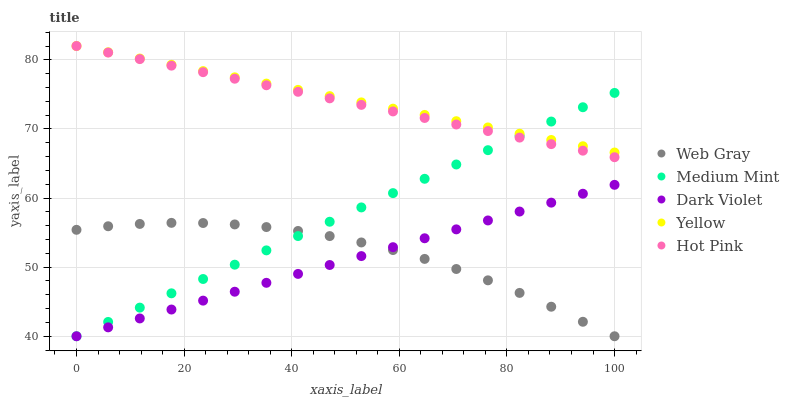
| xaxis_label | Web Gray | Medium Mint | Dark Violet | Yellow | Hot Pink |
 | --- | --- | --- | --- | --- | --- |
 | 0 | 55.4 | 40 | 40 | 82 | 82 |
 | 5.88 | 55.9 | 42.1 | 41.3 | 81.1 | 81.1 |
 | 11.8 | 56.3 | 44.1 | 42.6 | 80.2 | 80.1 |
 | 17.6 | 56.4 | 46.2 | 43.9 | 79.3 | 79.2 |
 | 23.5 | 56.4 | 48.3 | 45.2 | 78.4 | 78.2 |
 | 29.4 | 56.2 | 50.4 | 46.4 | 77.5 | 77.3 |
 | 35.3 | 55.8 | 52.4 | 47.7 | 76.6 | 76.3 |
 | 41.2 | 55.2 | 54.5 | 49 | 75.7 | 75.4 |
 | 47.1 | 54.5 | 56.6 | 50.3 | 74.7 | 74.4 |
 | 52.9 | 53.6 | 58.6 | 51.6 | 73.8 | 73.5 |
 | 58.8 | 52.5 | 60.7 | 52.9 | 72.9 | 72.5 |
 | 64.7 | 51.2 | 62.8 | 54.2 | 72 | 71.6 |
 | 70.6 | 49.7 | 64.9 | 55.5 | 71.1 | 70.6 |
 | 76.5 | 48.1 | 66.9 | 56.8 | 70.2 | 69.7 |
 | 82.4 | 46.3 | 69 | 58 | 69.3 | 68.7 |
 | 88.2 | 44.3 | 71.1 | 59.3 | 68.4 | 67.8 |
 | 94.1 | 42.1 | 73.1 | 60.6 | 67.5 | 66.9 |
 | 100 | 40 | 75.2 | 61.9 | 66.6 | 65.9 |